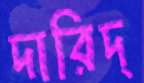
দারিদ্